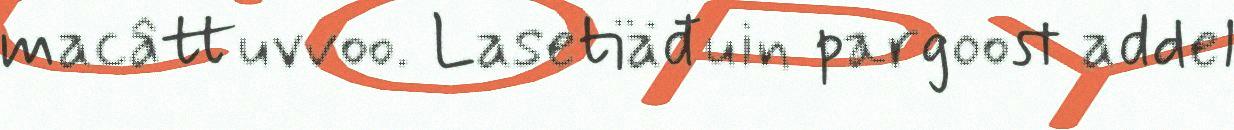
macâttuvvoo. Lasetiäđuin pargoost addel